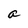
Character: a